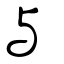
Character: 与